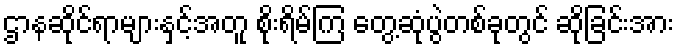
ဌာနဆိုင်ရာများနှင့်အတူ စိုးရိမ်ကြ တွေ့ဆုံပွဲတစ်ခုတွင် ဆိုခြင်းအား